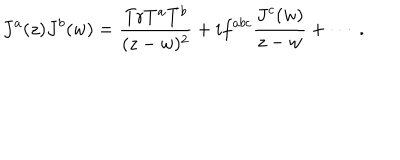
LaTeX: J ^ { a } ( z ) J ^ { b } ( w ) = \frac { \mathrm { T r } T ^ { a } T ^ { b } } { ( z - w ) ^ { 2 } } + i f ^ { a b c } \frac { J ^ { c } ( w ) } { z - w } + \cdots ~ .